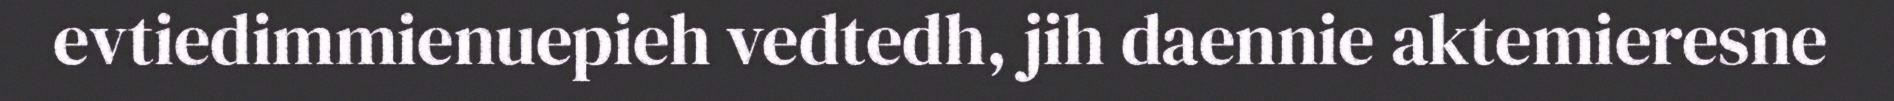
evtiedimmienuepieh vedtedh, jih daennie aktemieresne